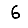
Digit: 6